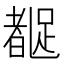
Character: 𬦼